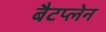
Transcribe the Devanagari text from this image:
बैटप्लेन